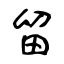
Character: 留